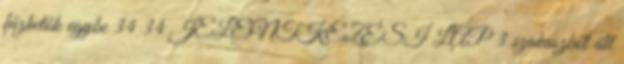
fűzhetők egybe 34 34 JELENTKEZÉSI LAP 3 szakaszból áll